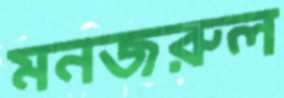
মনজরুল